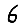
Digit: 6